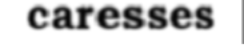
caresses